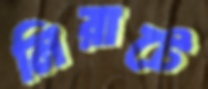
মিরাটে